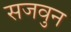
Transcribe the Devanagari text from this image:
सजवुन